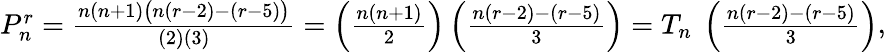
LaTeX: {\begin{array}{r}{P_{n}^{r}={\frac{n(n+1){\bigl(}n(r-2)-(r-5){\bigr)}}{(2)(3)}}=\left({\frac{n(n+1)}{2}}\right)\left({\frac{n(r-2)-(r-5)}{3}}\right)=T_{n}\ \left({\frac{n(r-2)-(r-5)}{3}}\right)}\end{array}},